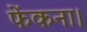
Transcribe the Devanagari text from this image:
फेंकना।